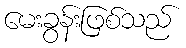
မေးခွန်းဖြစ်သည်